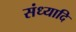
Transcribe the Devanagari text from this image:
संध्यादि